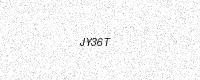
Text: JY36T